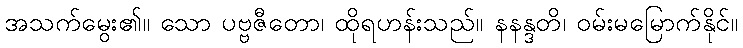
အသက်မွေး၏။ သော ပဗ္ဗဇီတော၊ ထိုရဟန်းသည်။ နနန္ဒတိ၊ ဝမ်းမမြောက်နိုင်။